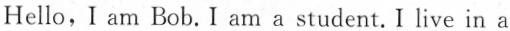
Hello, I am Bob.I am a student. I live in a